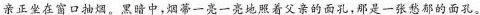
亲正坐在窗口抽烟。黑暗中，烟蒂一亮一亮地照着父亲的面孔，那是一张愁郁的面孔。